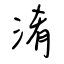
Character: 淆